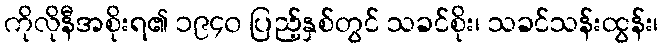
ကိုလိုနီအစိုးရ၏ ၁၉၄၀ ပြည့်နှစ်တွင် သခင်စိုး၊ သခင်သန်းထွန်း၊